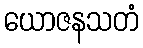
ယောဇနသတံ